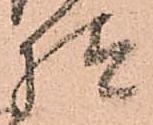
様